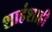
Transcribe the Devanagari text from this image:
शाहंशाही